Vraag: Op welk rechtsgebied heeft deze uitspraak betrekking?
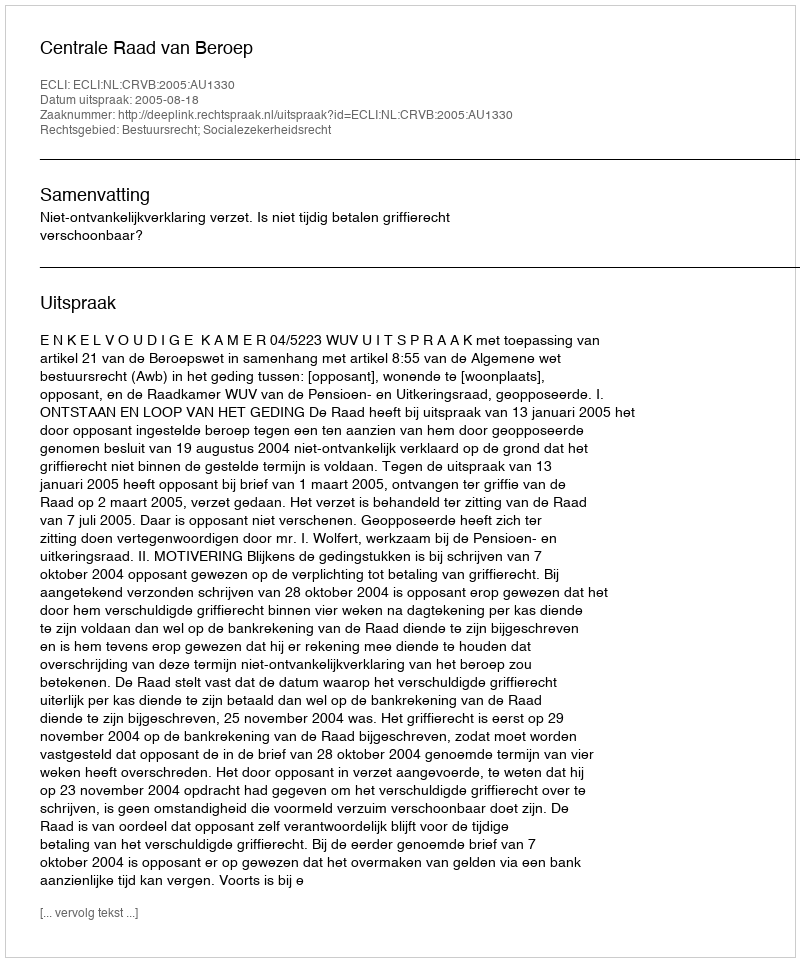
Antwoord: Bestuursrecht; Socialezekerheidsrecht